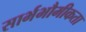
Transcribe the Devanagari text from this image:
सार्भभौमीकता